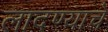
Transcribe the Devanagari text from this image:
लादण्याचे